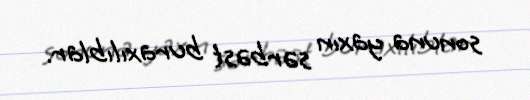
sonuna yaxın sərbəst buraxılıblar.